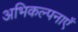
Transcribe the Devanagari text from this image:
अभिकल्पनाएँ